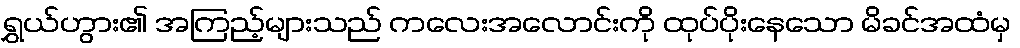
ရွှယ်ဟွား၏ အကြည့်များသည် ကလေးအလောင်းကို ထုပ်ပိုးနေသော မိခင်အထံမှ